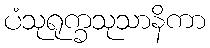
ပံသုရုက္ခသုသာနိကာ